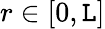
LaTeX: r\in[0,\mathtt{L}]